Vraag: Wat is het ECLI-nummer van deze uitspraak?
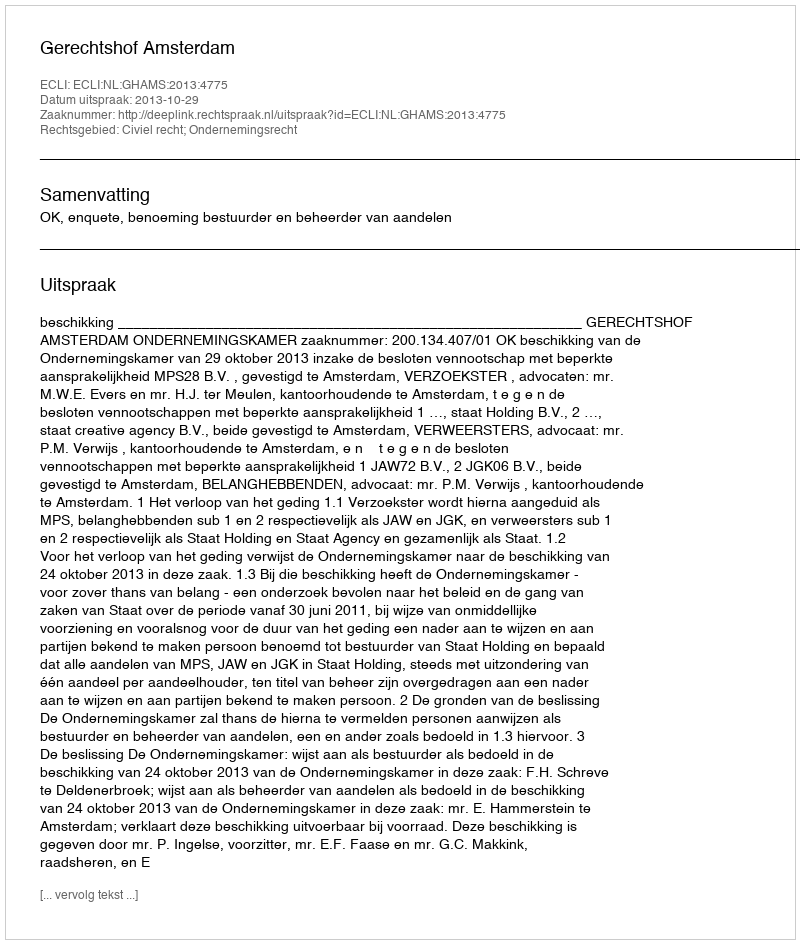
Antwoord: ECLI:NL:GHAMS:2013:4775